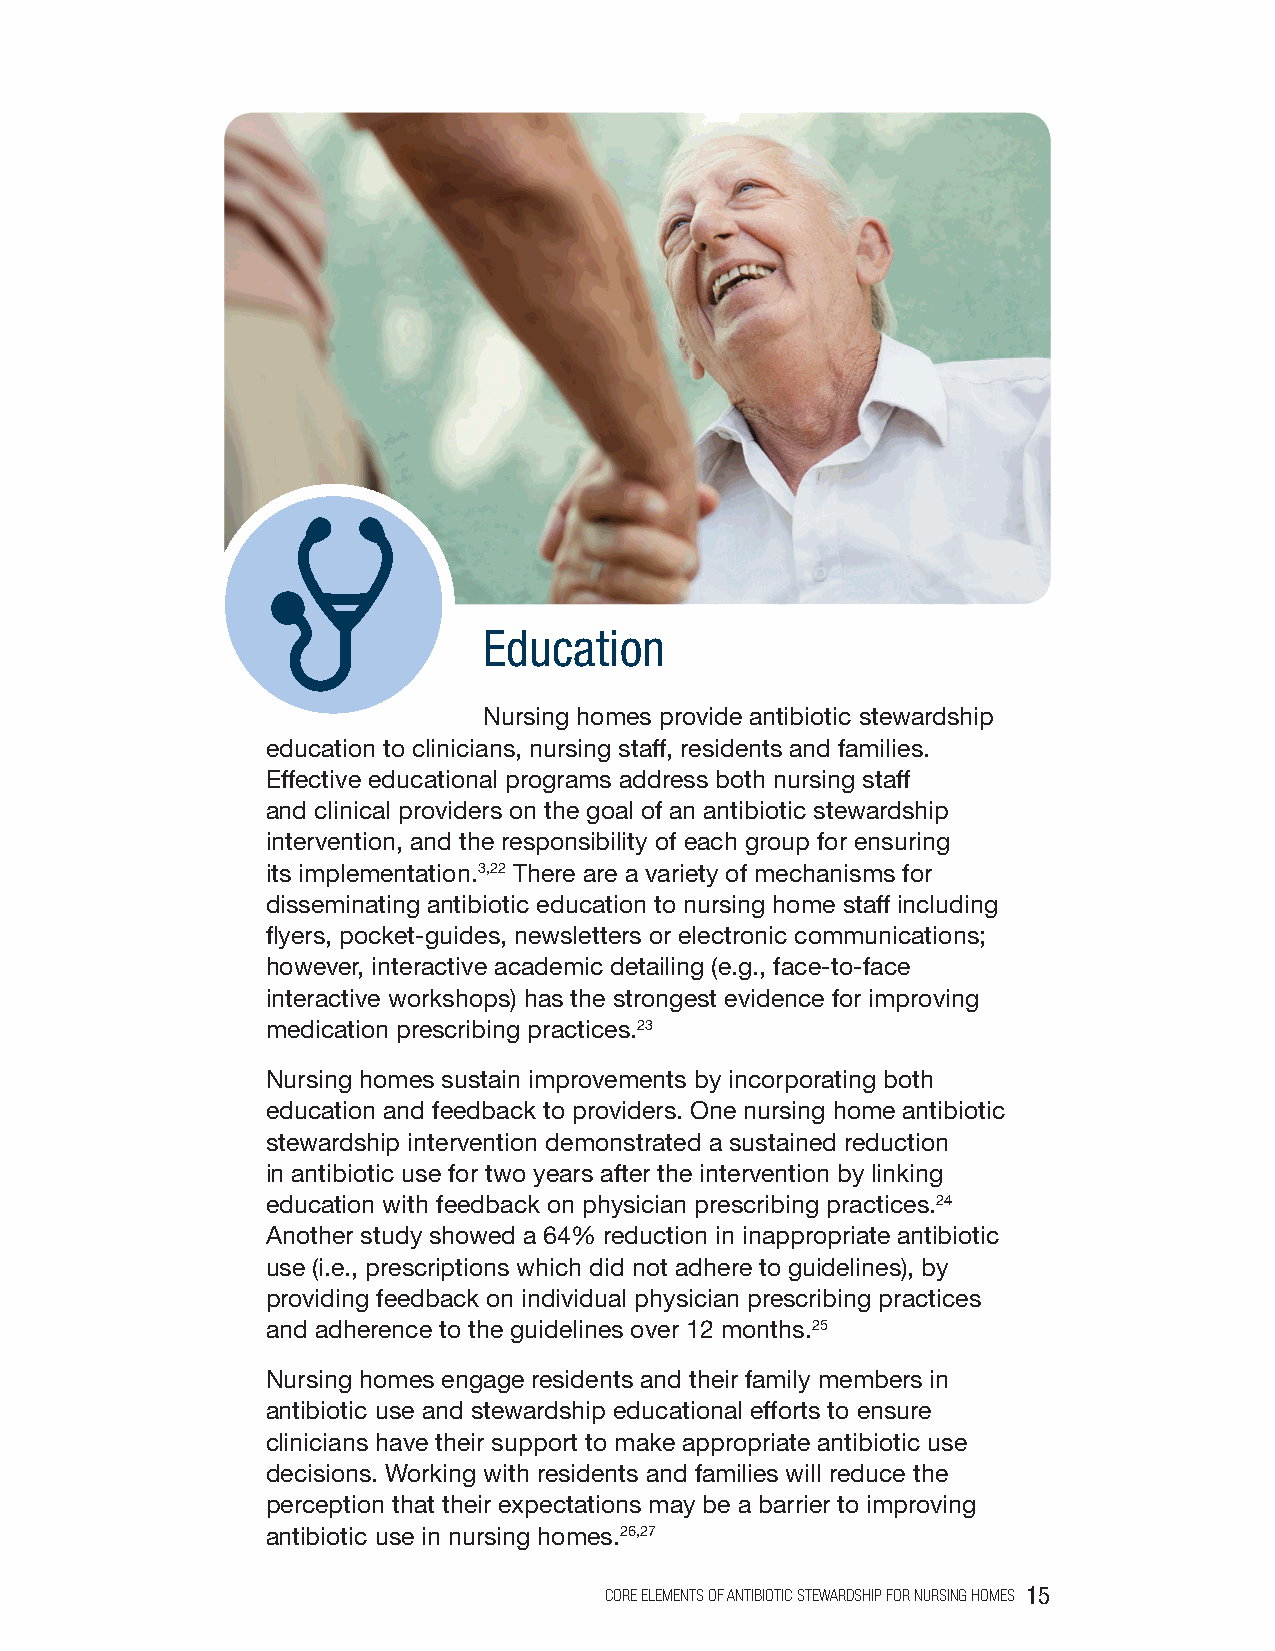
Education
 Nursing homes provide antibiotic stewardship
 education to clinicians, nursing staff, residents and families.
 Effective educational programs address both nursing staff
 and clinical providers on the goal of an antibiotic stewardship
 intervention, and the responsibility of each group for ensuring
 its implementation.3,22 There are a variety of mechanisms for
 disseminating antibiotic education to nursing home staff including
 flyers, pocket-guides, newsletters or electronic communications;
 however, interactive academic detailing (e.g., face-to-face
 interactive workshops) has the strongest evidence for improving
 medication prescribing practices.23
 Nursing homes sustain improvements by incorporating both
 education and feedback to providers. One nursing home antibiotic
 stewardship intervention demonstrated a sustained reduction
 in antibiotic use for two years after the intervention by linking
 education with feedback on physician prescribing practices.24
 Another study showed a 64% reduction in inappropriate antibiotic
 use (i.e., prescriptions which did not adhere to guidelines), by
 providing feedback on individual physician prescribing practices
 and adherence to the guidelines over 12 months.25
 Nursing homes engage residents and their family members in
 antibiotic use and stewardship educational efforts to ensure
 clinicians have their support to make appropriate antibiotic use
 decisions. Working with residents and families will reduce the
 perception that their expectations may be a barrier to improving
 antibiotic use in nursing homes.26,27
 CORE ELEMENTS OF ANTIBIOTIC STEWARDSHIP FOR NURSING HOMES 15